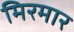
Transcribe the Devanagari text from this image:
मिरमार